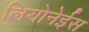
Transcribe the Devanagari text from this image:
लियोनेईस